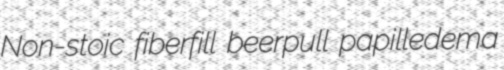
Non-stoic fiberfill beerpull papilledema